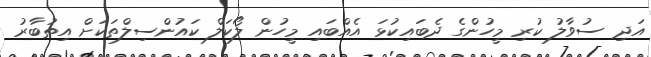
އަދި ސުވާލު ކުރި މީހުންގެ ދެބައިކުޅަ އެއްބައި މީހުން ލޯކަލް ކައުންސިލްތަކަށް އިތުބާރު